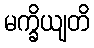
မက္ခိယျတိ